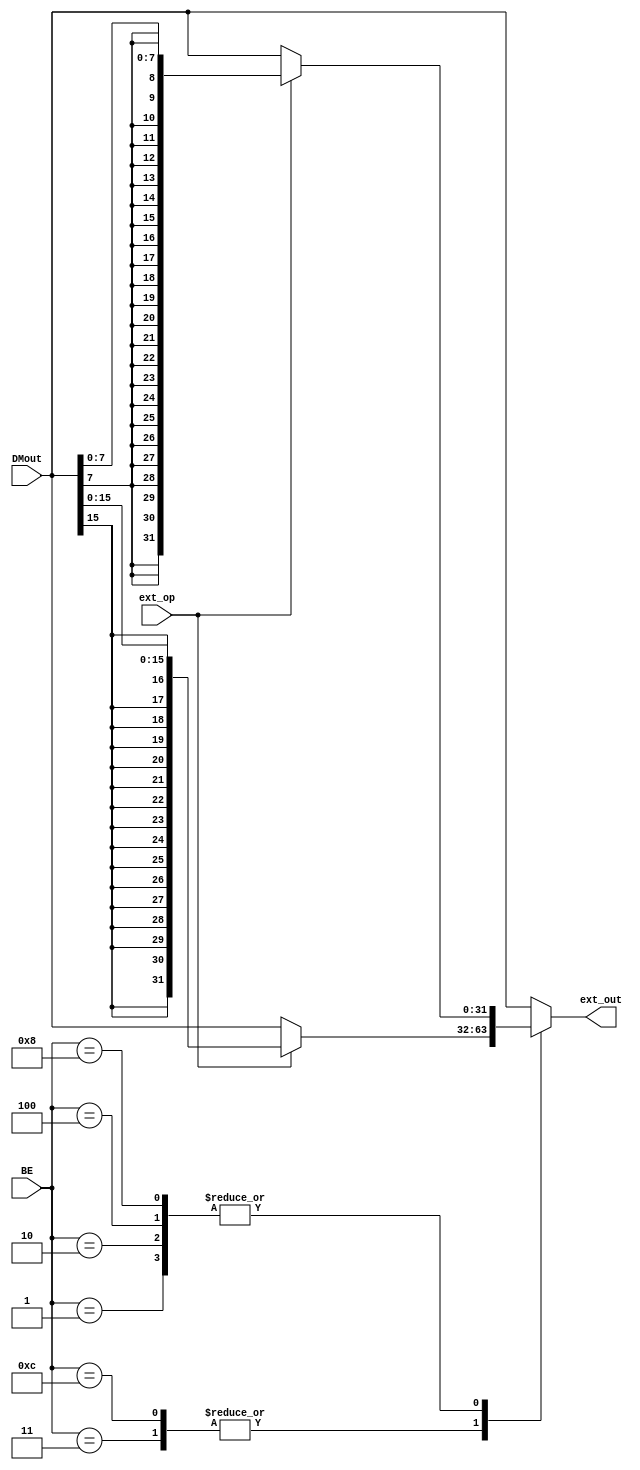
`timescale 1ns / 1ps
//////////////////////////////////////////////////////////////////////////////////
// Company: 
// Engineer: 
// 
// Design Name: 
// Module Name:    LEXT 
// Project Name: 
// Target Devices: 
// Tool versions: 
// Description: 
//
// Dependencies: 
//
// Revision: 
// Revision 0.01 - File Created
// Additional Comments: 
//
//////////////////////////////////////////////////////////////////////////////////
module LEXT(
    input[31:0] DMout,
    input[3:0] BE,
	 input ext_op,
	 output reg[31:0] ext_out=0
    );
	 
	 always@(*)begin
	   case(BE)
		  4'b1111:ext_out=DMout;
		  4'b0011:begin
		            if(ext_op==0)begin
						   ext_out=DMout;
						end
						else begin
						   ext_out={{16{DMout[15]}},DMout[15:0]};
						end
		          end
		  4'b1100:begin
		            if(ext_op==0)begin
						   ext_out=DMout;
						end
						else begin
						   ext_out={{16{DMout[15]}},DMout[15:0]};
						end
		          end
		  4'b0001:begin
		            if(ext_op==0)begin
						   ext_out=DMout;
						end
						else begin
						   ext_out={{24{DMout[7]}},DMout[7:0]};
						end
		          end
		  4'b0010:begin
		            if(ext_op==0)begin
						   ext_out=DMout;
						end
						else begin
						   ext_out={{24{DMout[7]}},DMout[7:0]};
						end
		          end
		  4'b0100:begin
		            if(ext_op==0)begin
						   ext_out=DMout;
						end
						else begin
						   ext_out={{24{DMout[7]}},DMout[7:0]};
						end
		          end
		  4'b1000:begin
		            if(ext_op==0)begin
						   ext_out=DMout;
						end
						else begin
						   ext_out={{24{DMout[7]}},DMout[7:0]};
						end
		          end
		  default:ext_out=DMout;
		  
		endcase
	 end


endmodule